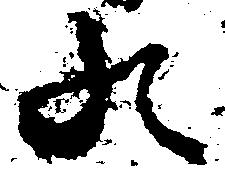
の